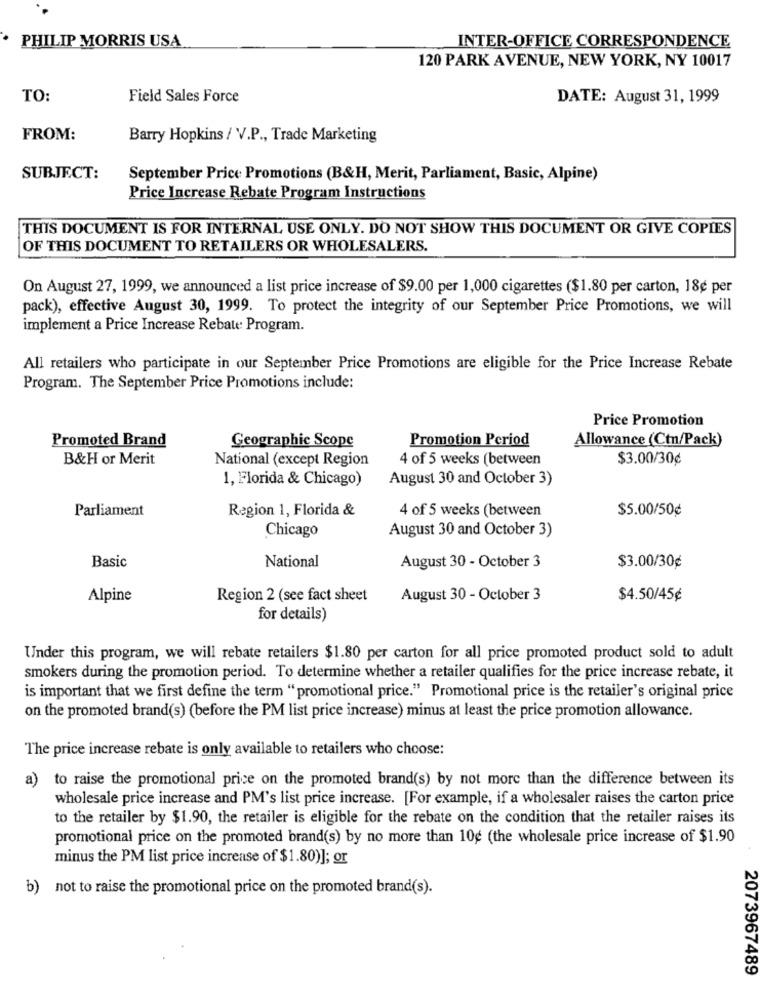
PHILIP MORRIS USA
INTER-OFFICE CORRESPONDENCE
120 PARK AVENUE, NEW YORK, NY 10017
TO:
Field Sales Force
DATE: August 31, 1999
FROM:
Barry Hopkins / VV.P ., Trade Marketing
SUBJECT:
September Price Promotions (B&H, Merit, Parliament, Basic, Alpine)
Price Increase Rebate Program Instructions
THIS DOCUMENT IS FOR INTERNAL USE ONLY. DO NOT SHOW THIS DOCUMENT OR GIVE COPIES
OF THIS DOCUMENT TO RETAILERS OR WHOLESALERS.
On August 27, 1999, we announced a list price increase of $9.00 per 1,000 cigarettes ($1.80 per carton, 18¢ per
pack), effective August 30, 1999. To protect the integrity of our September Price Promotions, we will
implement a Price Increase Rebate Program.
All retailers who participate in our September Price Promotions are eligible for the Price Increase Rebate
Program. The September Price Promotions include:
Price Promotion
Promoted Brand
Geographic Scope
Promotion Period
Allowance (Ctn/Pack)
B&H or Merit
National (except Region
4 of 5 weeks (between
$3.00/30¢
1, Florida & Chicago)
August 30 and October 3)
Parliament
Region 1, Florida &
4 of 5 weeks (between
$5.00/50¢
Chicago
August 30 and October 3)
Basic
National
August 30 - October 3
$3.00/30¢
Alpine
Region 2 (see fact sheet
August 30 - October 3
$4.50/45¢
for details)
Under this program, we will rebate retailers $1.80 per carton for all price promoted product sold to adult
smokers during the promotion period. To determine whether a retailer qualifies for the price increase rebate, it
is important that we first define the term "promotional price." Promotional price is the retailer's original price
on the promoted brand(s) (before the PM list price increase) minus at least the price promotion allowance.
The price increase rebate is only available to retailers who choose:
a)
to raise the promotional price on the promoted brand(s) by not more than the difference between its
wholesale price increase and PM's list price increase. [For example, if a wholesaler raises the carton price
to the retailer by $1.90, the retailer is eligible for the rebate on the condition that the retailer raises its
promotional price on the promoted brand(s) by no more than 10g (the wholesale price increase of $1.90
minus the PM list price increase of $1.80)]; or
b) not to raise the promotional price on the promoted brand(s).
2073967489